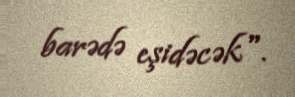
barədə eşidəcək".